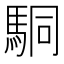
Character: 駧